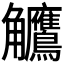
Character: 𬷺